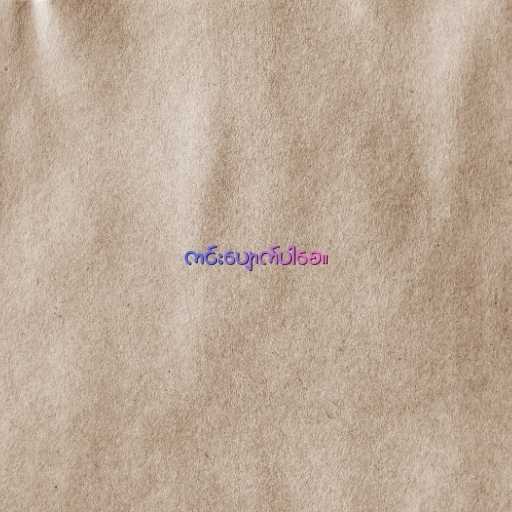
ကင်းပျောက်ပါစေ။